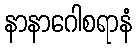
နာနာဂေါစရာနံ